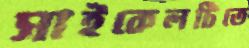
সাইকেলটিতে